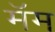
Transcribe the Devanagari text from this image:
मॅम